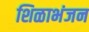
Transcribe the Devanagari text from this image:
शिळाभंजन